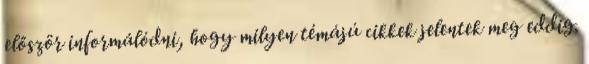
először informálódni, hogy milyen témájú cikkek jelentek meg eddig.